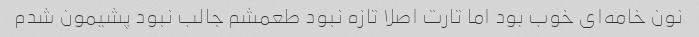
نون خامه‌ای خوب بود اما تارت اصلا تازه نبود طعمشم جالب نبود پشیمون شدم